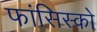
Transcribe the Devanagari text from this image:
फांसिस्को